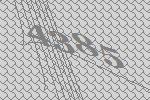
4385